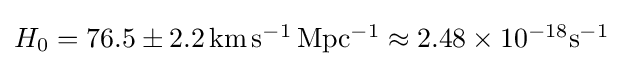
{\textstyle H_{0}=76.5\pm 2.2\,\mathrm {km\,s^{-1}\,Mpc^{-1}} \approx 2.48\times 10^{-18}\mathrm {s^{-1}} }